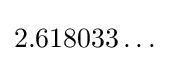
2.618033\ldots